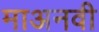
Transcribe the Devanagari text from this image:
माअनवी